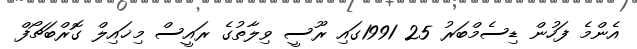
އެންމެ ފަހުން ޑިސެމްބަރު 25 1991ގައި ރޫސީ ވިލާތުގެ ރައީސް މިޚައިލް ގޮރްބަޗޯފް